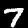
Digit: 7